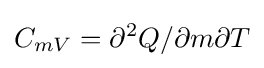
C_{mV}=\partial ^{2}Q/\partial m\partial T